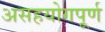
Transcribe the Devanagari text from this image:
असहयोगपूर्ण